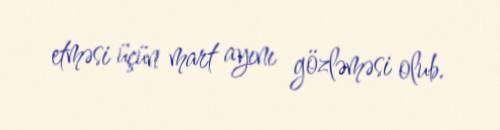
etməsi üçün mart ayını gözləməsi olub.